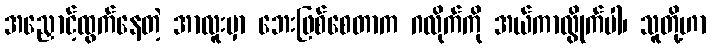
အညှောင့်ထွက်နေတဲ့ အာလူးမှာ ဘေးဖြစ်စေတာက ဂလိုက်ကို အယ်ကာလွိုက်ပါ၊ သူတို့ဟာ